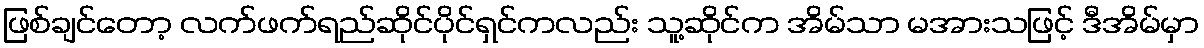
ဖြစ်ချင်တော့ လက်ဖက်ရည်ဆိုင်ပိုင်ရှင်ကလည်း သူ့ဆိုင်က အိမ်သာ မအားသဖြင့် ဒီအိမ်မှာ